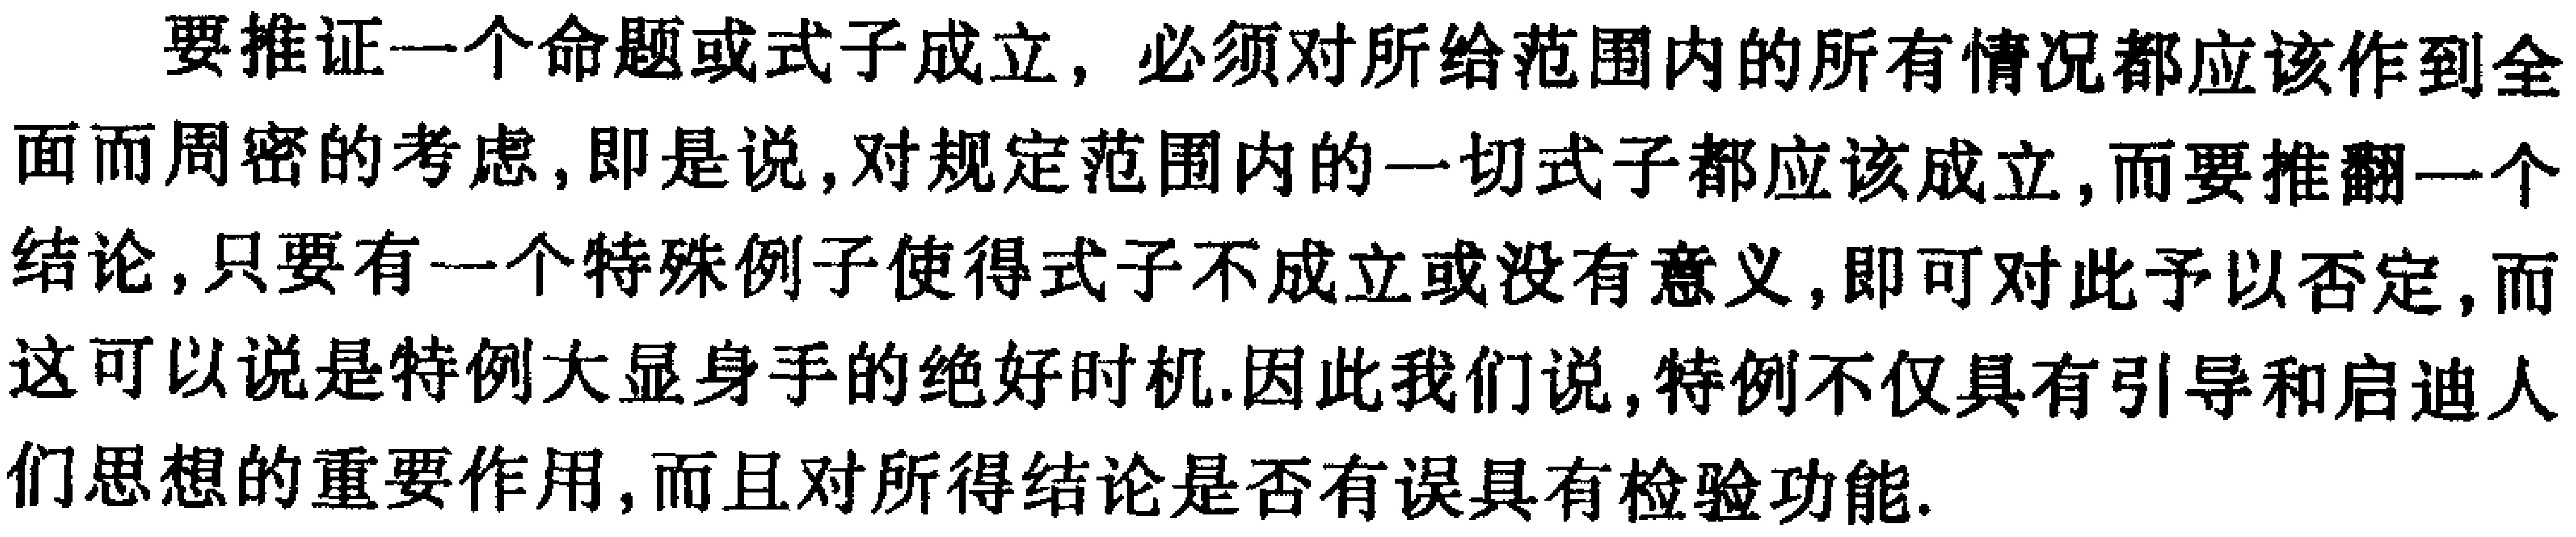
要推证一个命题或式子成立，必须对所给范围内的所有情况都应该作到全面而周密的考虑，即是说，对规定范围内的一切式子都应该成立，而要推翻一个结论，只要有一个特殊例子使得式子不成立或没有意义，即可对此予以否定，而这可以说是特例大显身手的绝好时机.因此我们说，特例不仅具有引导和启迪人们思想的重要作用，而且对所得结论是否有误具有检验功能.